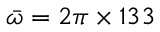
\bar { \omega } = 2 \pi \times 1 3 3